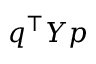
q ^ { \intercal } \boldsymbol { Y } p